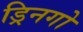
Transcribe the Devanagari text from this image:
ड्रिनगो